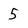
Character: 5